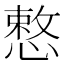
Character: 慗